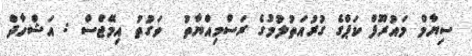
ސިޔާމް މައުރޫފް ކަޕްގެ ގުރުއަތުލުމުގެ ރަސްމިއްޔާތު  ވަގުތު އިމޭޖްސް : އަޝްހާދް